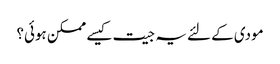
مودی کے لئے یہ جیت کیسے ممکن ہوئی؟